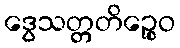
ဒွေသတ္တတိဉ္စေဝ